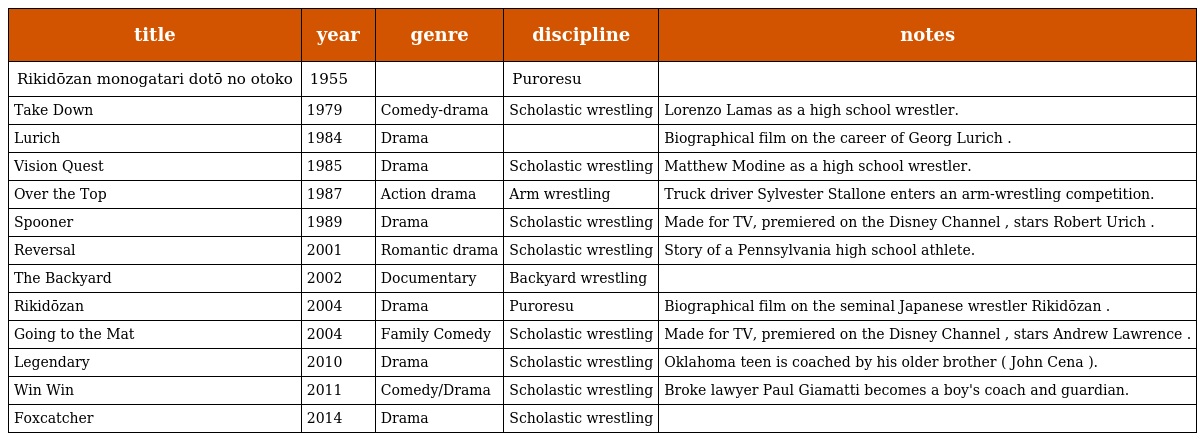
| title | year | genre | discipline | notes |
 | --- | --- | --- | --- | --- |
 | Rikidōzan monogatari dotō no otoko | 1955 |  | Puroresu |  |
 | Take Down | 1979 | Comedy-drama | Scholastic wrestling | Lorenzo Lamas as a high school wrestler. |
 | Lurich | 1984 | Drama |  | Biographical film on the career of Georg Lurich . |
 | Vision Quest | 1985 | Drama | Scholastic wrestling | Matthew Modine as a high school wrestler. |
 | Over the Top | 1987 | Action drama | Arm wrestling | Truck driver Sylvester Stallone enters an arm-wrestling competition. |
 | Spooner | 1989 | Drama | Scholastic wrestling | Made for TV, premiered on the Disney Channel , stars Robert Urich . |
 | Reversal | 2001 | Romantic drama | Scholastic wrestling | Story of a Pennsylvania high school athlete. |
 | The Backyard | 2002 | Documentary | Backyard wrestling |  |
 | Rikidōzan | 2004 | Drama | Puroresu | Biographical film on the seminal Japanese wrestler Rikidōzan . |
 | Going to the Mat | 2004 | Family Comedy | Scholastic wrestling | Made for TV, premiered on the Disney Channel , stars Andrew Lawrence . |
 | Legendary | 2010 | Drama | Scholastic wrestling | Oklahoma teen is coached by his older brother ( John Cena ). |
 | Win Win | 2011 | Comedy/Drama | Scholastic wrestling | Broke lawyer Paul Giamatti becomes a boy's coach and guardian. |
 | Foxcatcher | 2014 | Drama | Scholastic wrestling |  |